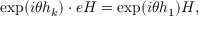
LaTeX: \exp ( i \theta h _ { k } ) \cdot e H = \exp ( i \theta h _ { 1 } ) H ,